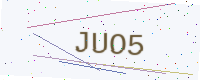
Text: JUO5